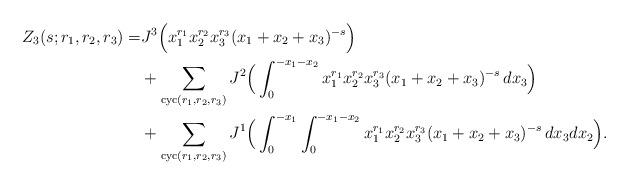
LaTeX: \begin{align*} Z_3(s;r_1,r_2,r_3)=&J^3\Big(x_1^{r_1}x_2^{r_2}x_3^{r_3}(x_1+x_2+x_3)^{-s}\Big)\\ &+\sum_{{\rm cyc}(r_1,r_2,r_3)} J^2\Big(\int_0^{-x_1-x_2} x_1^{r_1}x_2^{r_2}x_3^{r_3}(x_1+x_2+x_3)^{-s} \,dx_3\Big)\\ &+\sum_{{\rm cyc}(r_1,r_2,r_3)} J^1\Big(\int_0^{-x_1}\int_0^{-x_1-x_2} x_1^{r_1}x_2^{r_2}x_3^{r_3}(x_1+x_2+x_3)^{-s} \,dx_3dx_2\Big).\end{align*}